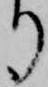
り